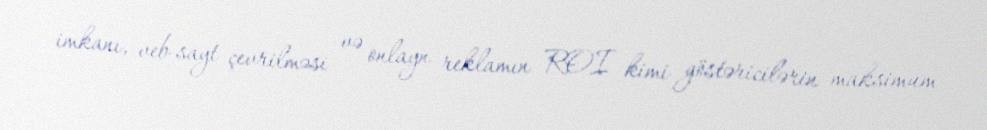
imkanı, veb-sayt çevrilməsi və onlayn reklamın ROI kimi göstəricilərin maksimum